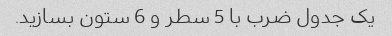
یک جدول ضرب با 5 سطر و 6 ستون بسازید.